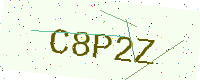
Text: C8P2Z